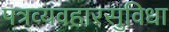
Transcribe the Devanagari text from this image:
पत्रव्यवहारसुविधा